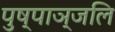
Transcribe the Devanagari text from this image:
पुष्पाञ्जलि